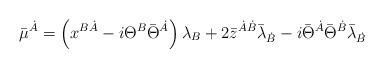
LaTeX: \begin{align*} \bar{\mu}^{\dot{A}} = \left( x^{B\dot{A}} - i \Theta^{B} \bar{\Theta}^{\dot{A}} \right) \lambda_{B}+ 2\bar{z}^{\dot{A}\dot{B}} \bar{\lambda}_{\dot{B}}- i \bar{\Theta}^{\dot{A}}\bar{\Theta}^{\dot{B}} \bar{\lambda}_{\dot{B}}\end{align*}